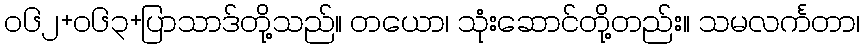
၀၆၂+၀၆၃+ပြာသာဒ်တို့သည်။ တယော၊ သုံးဆောင်တို့တည်း။ သမလင်္ကတာ၊